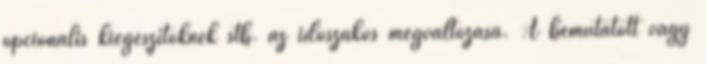
opcionális kiegészítőknek stb. az időszakos megváltozása. A bemutatott vagy